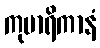
ကုမာရိကာနံ